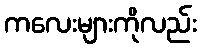
ကလေးများကိုလည်း